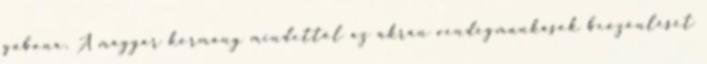
gabona. A magyar kormány mindettől az ukrán vendégmunkások beözönlését